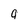
Character: 9